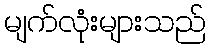
မျက်လုံးများသည်